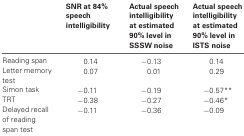
|  | SNR at 84% speech intelligibility | Actual speech intelligibility at estimated 90% level in SSSW noise | Actual speech intelligibility at estimated 90% level in ISTS noise |
 | --- | --- | --- | --- |
 | Reading span | 0.14 | −0.13 | 0.14 |
 | Letter memory test | 0.07 | 0.01 | 0.29 |
 | Simon task | −0.11 | −0.19 | −0.57** |
 | TRT | −0.38 | −0.27 | −0.46* |
 | Delayed recall of reading span test | −0.11 | −0.36 | −0.09 |